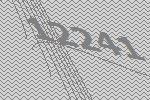
12241